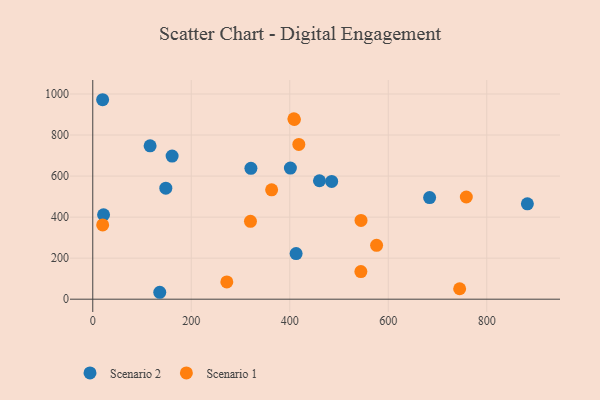
{"axis": {"x": "Speed", "y": "Fuel Efficiency"}, "legend": ["Scenario 1", "Scenario 2"], "data": [{"x": "116.4", "y": 747.4, "type": "Scenario 2"}, {"x": "460.3", "y": 577.2, "type": "Scenario 2"}, {"x": "485.1", "y": 574.1, "type": "Scenario 2"}, {"x": "684.0", "y": 495.4, "type": "Scenario 2"}, {"x": "136.0", "y": 33.7, "type": "Scenario 2"}, {"x": "148.3", "y": 541.0, "type": "Scenario 2"}, {"x": "21.9", "y": 411.6, "type": "Scenario 2"}, {"x": "321.1", "y": 637.6, "type": "Scenario 2"}, {"x": "161.1", "y": 697.4, "type": "Scenario 2"}, {"x": "20.0", "y": 972.1, "type": "Scenario 2"}, {"x": "882.5", "y": 464.9, "type": "Scenario 2"}, {"x": "401.3", "y": 639.2, "type": "Scenario 2"}, {"x": "412.9", "y": 222.1, "type": "Scenario 2"}, {"x": "320.2", "y": 379.5, "type": "Scenario 1"}, {"x": "409.4", "y": 875.8, "type": "Scenario 1"}, {"x": "544.7", "y": 383.7, "type": "Scenario 1"}, {"x": "576.3", "y": 262.6, "type": "Scenario 1"}, {"x": "418.4", "y": 754.2, "type": "Scenario 1"}, {"x": "363.2", "y": 533.2, "type": "Scenario 1"}, {"x": "544.4", "y": 134.4, "type": "Scenario 1"}, {"x": "20.1", "y": 361.7, "type": "Scenario 1"}, {"x": "272.2", "y": 84.1, "type": "Scenario 1"}, {"x": "408.4", "y": 879.2, "type": "Scenario 1"}, {"x": "745.0", "y": 51.0, "type": "Scenario 1"}, {"x": "758.5", "y": 498.1, "type": "Scenario 1"}]}